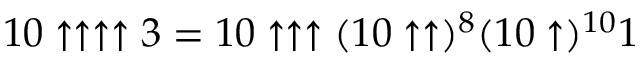
1 0 \uparrow \uparrow \uparrow \uparrow 3 = 1 0 \uparrow \uparrow \uparrow ( 1 0 \uparrow \uparrow ) ^ { 8 } ( 1 0 \uparrow ) ^ { 1 0 } 1